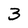
Character: 3